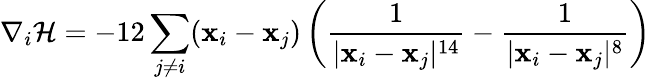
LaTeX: \nabla_{i}\mathcal{H}=-12\sum_{j\ne i}(\mathbf x_{i}-\mathbf x_{j})\left(\frac 1{|\mathbf x_{i}-\mathbf x_{j}|^{14}}-\frac 1{|\mathbf x_{i}-\mathbf x_{j}|^{8}}\right)